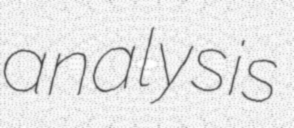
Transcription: analysis